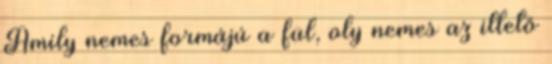
Amily nemes formájú a fül, oly nemes az illető